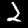
Label: 2